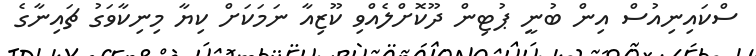
ސްކައިނިއުސް އިން ބުނީ ޕުޓިން ދޫކޮށްލެއްވި ކޫޒިއާ ނަމަކަށް ކިޔާ މިނިކާވަގު ޗައިނާގެ